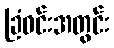
ခြံဝင်းအတွင်း